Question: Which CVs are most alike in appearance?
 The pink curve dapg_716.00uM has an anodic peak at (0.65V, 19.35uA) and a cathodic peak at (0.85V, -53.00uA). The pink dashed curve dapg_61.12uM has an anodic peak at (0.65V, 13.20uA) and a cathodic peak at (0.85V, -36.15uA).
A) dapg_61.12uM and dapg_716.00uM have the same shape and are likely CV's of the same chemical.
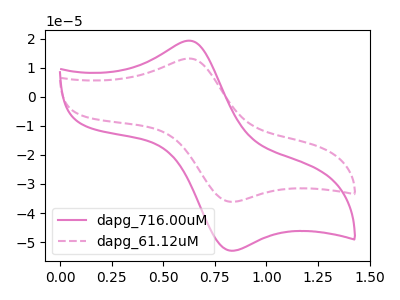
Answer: <think>All the peaks in "dapg_716.00uM" have a peak in "dapg_61.12uM" at the same potential. Every peak in "dapg_716.00uM" is higher than every peak in "dapg_61.12uM".
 </think>
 <answer>A) "dapg_61.12uM" and "dapg_716.00uM" have the same shape and are likely CV's of the same chemical.</answer>
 <eval>A</eval>